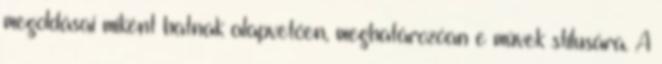
megoldásai miként hatnak alapvetően, meghatározóan e művek stílusára. A